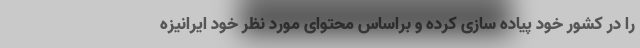
را در کشور خود پیاده سازی کرده و براساس محتوای مورد نظر خود ایرانیزه